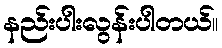
နည်းပါးလွန်းပါတယ်။